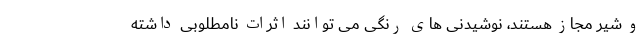
و شیر مجاز هستند، نوشیدنی های رنگی می توانند اثرات نامطلوبی داشته